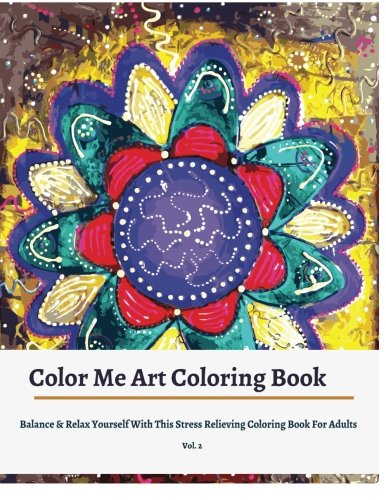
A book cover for Color Me Art Adult Coloring books: Balance & Relax Yourself with this Coloring books for grownups; Adult Coloring Books; Arts & Photography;